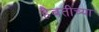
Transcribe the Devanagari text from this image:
हैबतीच्या